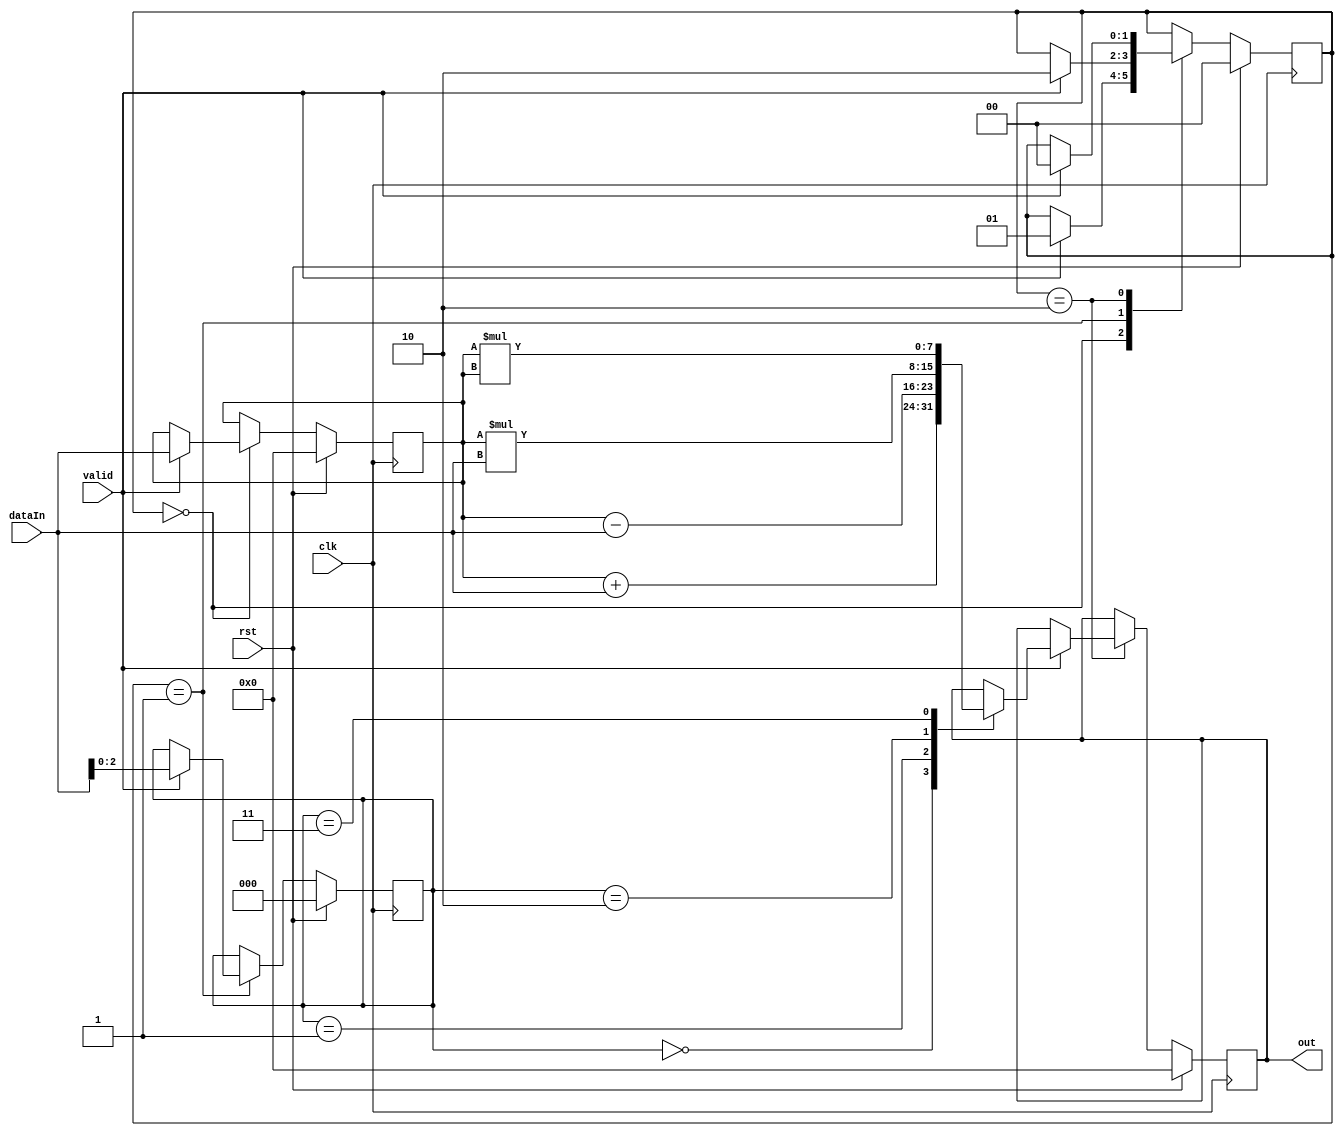
`timescale 1ns / 1ps
module calc(clk, rst, valid, dataIn, out);

	input clk, rst, valid;
	input  [7:0] dataIn;
	output reg [7:0] out;

	reg [1:0] state, stateNext;
	reg [7:0] num1, num1Next,outNext;
	reg [2:0] operator, operatorNext;

	always @(posedge clk) begin
		state    <= #1 stateNext;
		num1     <= #1 num1Next;
		operator <= #1 operatorNext;
		out      <= #1 outNext;
	end

	always @(*) begin
		stateNext    = state;
		num1Next     = num1;
		operatorNext = operator;
		outNext      = out;
		if(rst) begin
			stateNext    = 0;
			num1Next     = 0;
			operatorNext = 0;
			outNext      = 0;
		end else begin
			case(state)
				0: begin
					if(valid) begin
						//takeIn num1Next from dataIn
						if (valid == 0) begin
							outNext = 0;
						end
						else if (valid == 1) begin
							num1Next = dataIn;
						end	
						stateNext = 1;
					end	
				end
				1: begin
					if(valid) begin
						//takeIn operatorNext from dataIn
						if (valid == 0) begin
							outNext = 0;
						end
						else if (valid == 1) begin
							operatorNext = dataIn;
						end	
						stateNext = 2;
					end
				end
				2: begin
					if(valid) begin
						case(operator)
							0: outNext = num1+dataIn; //for addition
							1: outNext = num1-dataIn; //for subtraction	
							2: outNext = num1*dataIn; //for multiplication
							3: outNext = num1*num1;   //for square operation
						endcase
						stateNext = 0;
					end
				end
			endcase
		end
	end
endmodule